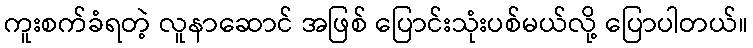
ကူးစက်ခံရတဲ့ လူနာဆောင် အဖြစ် ပြောင်းသုံးပစ်မယ်လို့ ပြောပါတယ်။